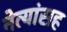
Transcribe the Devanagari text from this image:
नेत्यांसह